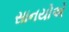
સાનયોએ